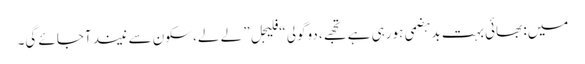
میں: بھائی بہت بدہضمی ہورہی ہے تجھے، دوگولی “فلیجل” لے لے، سکون سے نیند آجائے گی۔